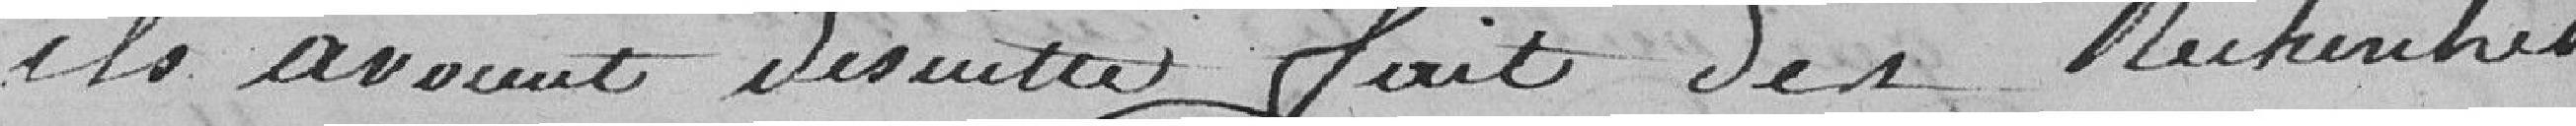
ils avaient de suite fait des recherches